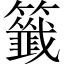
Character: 籤